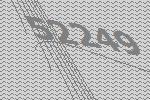
52249